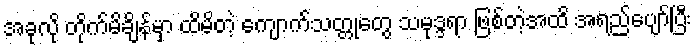
အခုလို တိုက်မိချိန်မှာ ထိမိတဲ့ ကျောက်သတ္တုတွေ သမုဒ္ဒရာ ဖြစ်တဲ့အထိ အရည်ပျော်ပြီး